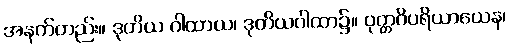
အနက်တည်း။ ဒုတိယ ဂါထာယ၊ ဒုတိယဂါထာ၌။ ဝုတ္တဝိပရိယာယေန၊